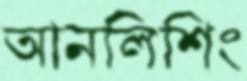
আনলিশিং